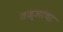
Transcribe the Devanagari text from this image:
तज्ञांचा